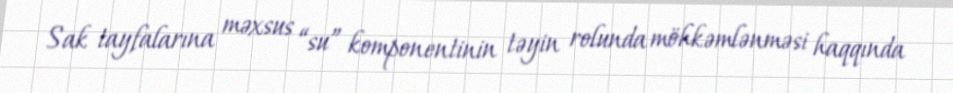
Sak tayfalarına məxsus “su” komponentinin təyin rolunda möhkəmlənməsi haqqında